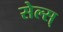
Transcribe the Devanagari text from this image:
सेल्स्